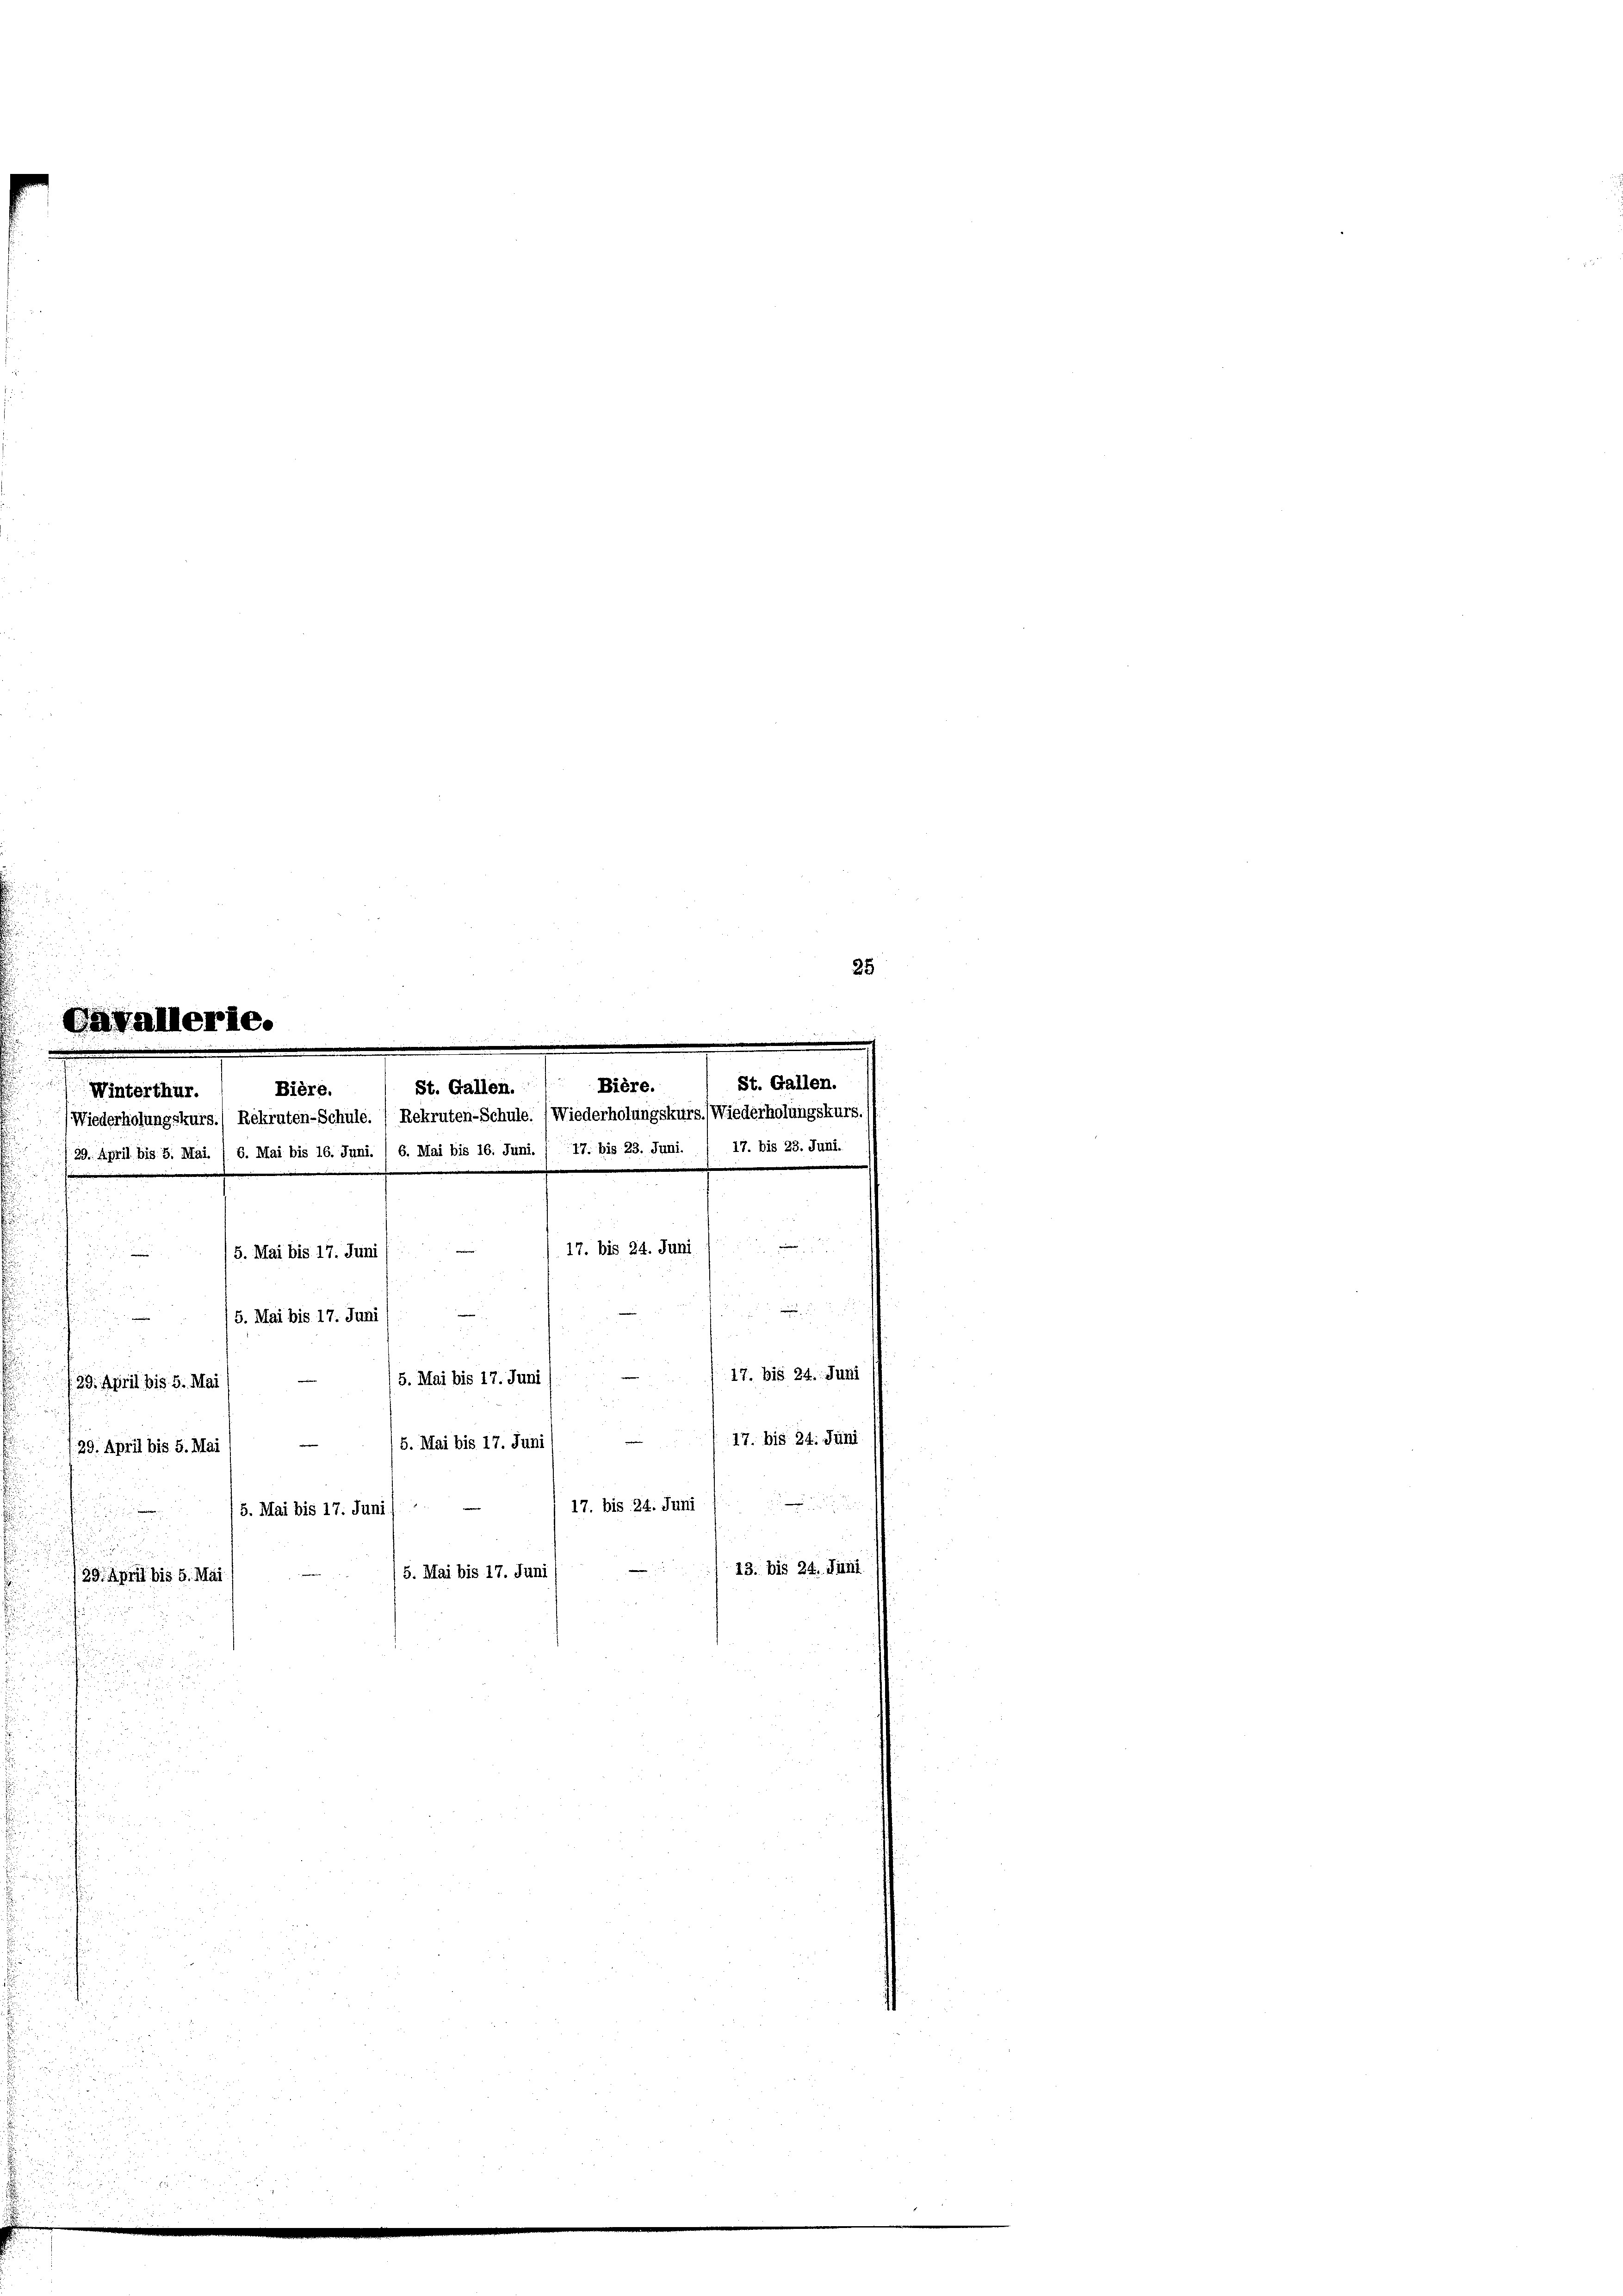
17. bis 24. Juni
5. Mai bis 17. Juni
/5. Mai bis 17. Juni
/29. April bis 5. Mai
5. Mai bis 17. Juni
(29. April bis 5. Mai
17. bis 24. Juni
/5. Mai bis 17. Juni
.
u
5. Mai bis 17. Juni (
/39. April bis 5. Mai
i

Winterthur.
d
5. Mai bis 17. Juni /
u

i

St. Gallen. Biere.
Bière.
Wiederholungskurs.) Rekruten-Schule. (Rekruten-Schule. (Wiederholungskurs. Wiederholungskurs.
39. April bis 5. Mai. /6. Mai bis 16. Juni. / 6. Mai bis 16. Juni. / 17. bis 23. Juni. / 17. bis 23. Juni.

St. Gallen.

—
13. bis 24. Juni

17. bis 24. Juni
17. bis 24. Juni

25